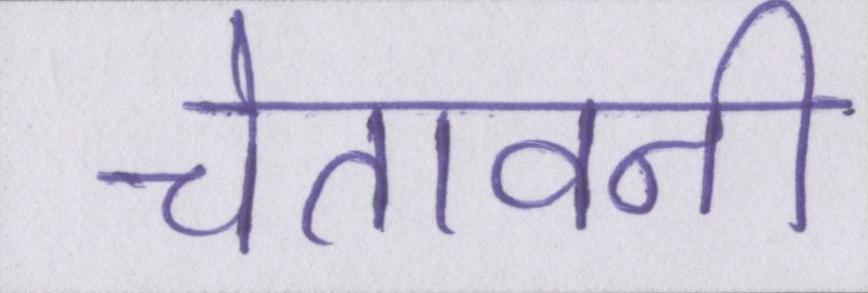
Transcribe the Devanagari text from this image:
चेतावनी